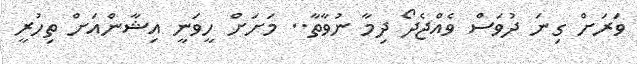
ވަރަށް ގިނަ ދުވަސް ވެއްޖެދޯ ދިމާ ނުވާތާ.. މަށަށް ހީވަނީ އިޝާންއަށް ތިހުރީ